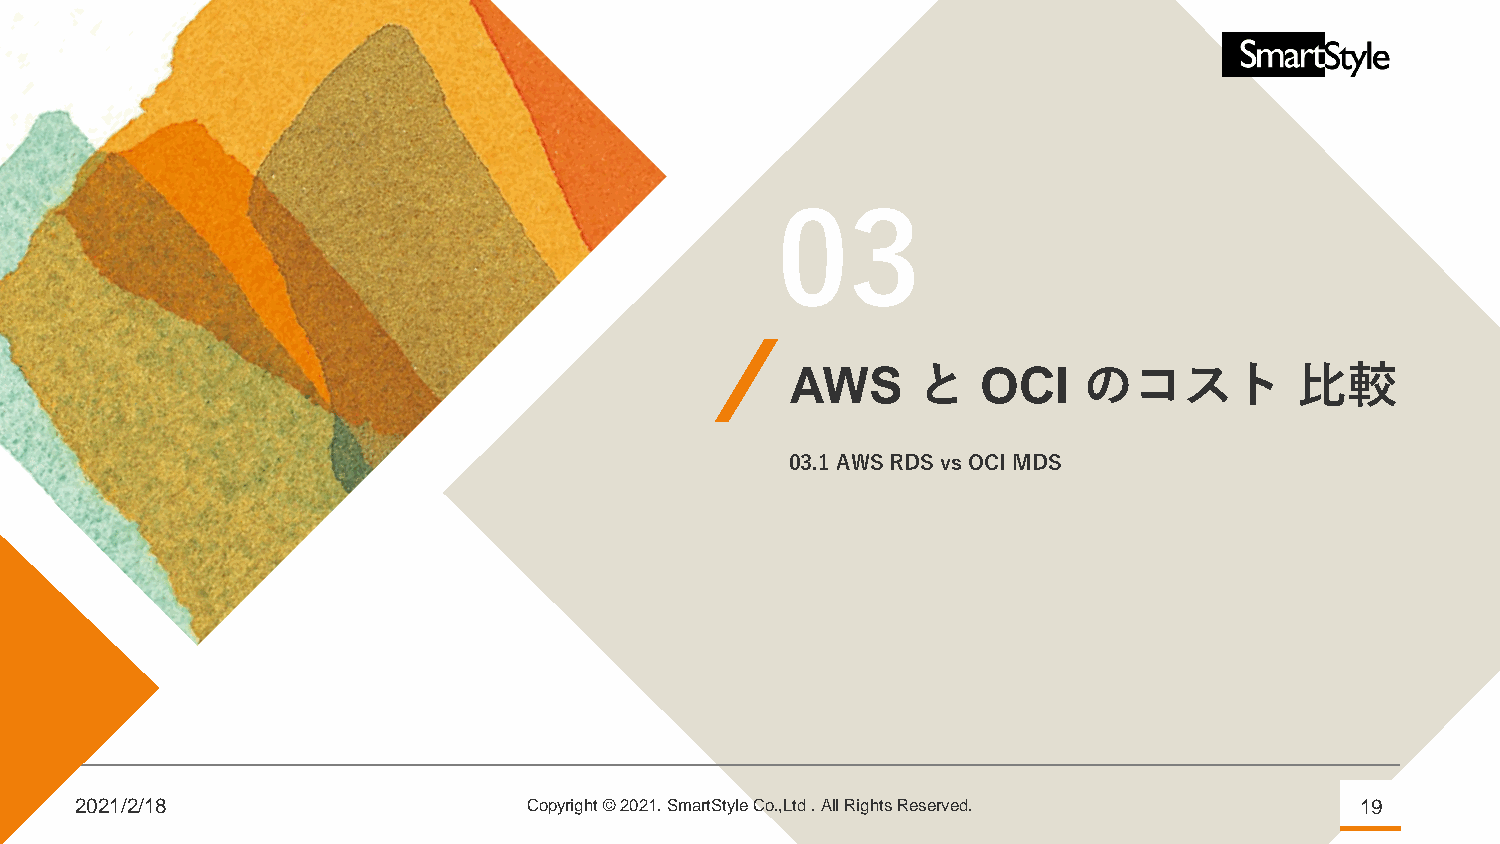
03
 AWS      と   OCI    のコスト          比較
 03.1AWSRDS vs OCIMDS
 2021/2/18                     Copyright © 2021. SmartStyle Co.,Ltd . All Rights Reserved. 19